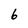
Character: 6